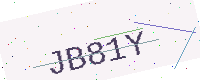
Text: JB81Y